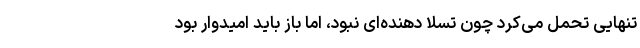
تنهایی تحمل می‌کرد چون تسلا دهنده‌ای نبود، اما باز باید امیدوار بود